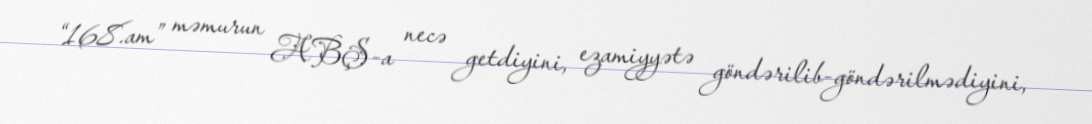
“168.am” məmurun ABŞ-a necə getdiyini, ezamiyyətə göndərilib-göndərilmədiyini,